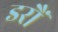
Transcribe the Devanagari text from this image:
डरौं